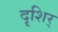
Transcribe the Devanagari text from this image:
दृशिर्